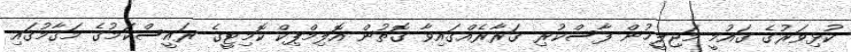
ކުޅިވަރުގެ ގައުމީ މަޖިލީހުން ފާސްކުރި ގަރާރެއްގައިވާ ގޮތުން އޮލިމްޕިކް ކޮމިޓީގެ ރައީސްކަމުގެ މަގާމުގައި